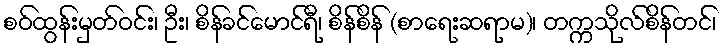
စဝ်ထွန်းမှတ်ဝင်း၊ ဦး၊ စိန်ခင်မောင်ရီ၊ စိန်စိန် (စာရေးဆရာမ)၊ တက္ကသိုလ်စိန်တင်၊